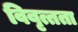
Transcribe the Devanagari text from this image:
विवृत्तता